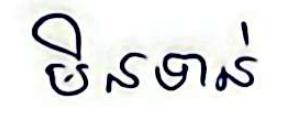
មិនទាន់